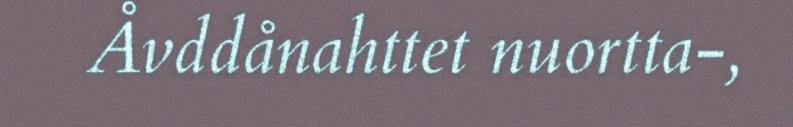
Åvddånahttet nuortta-,